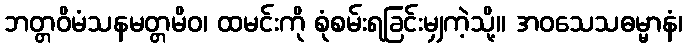
ဘတ္တဝိမံသနမတ္တမိဝ၊ ထမင်းကို စုံစမ်းရခြင်းမျှကဲ့သို့။ အဝသေသဓမ္မာနံ၊